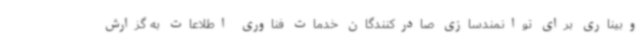
وبیناری برای توانمندسازی صادرکنندگان خدمات فناوری اطلاعات به گزارش